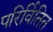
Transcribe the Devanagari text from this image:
परिर्वितित